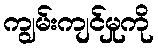
ကျွမ်းကျင်မှုကို